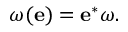
\omega ( { \mathbf { e } } ) = { \mathbf { e } } ^ { * } \omega .